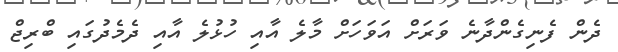
ދެން ފެނިގެންދާނެ ވަރަށް އަވަހަށް މާލެ އާއި ހުޅުލެ އާއި ދެމެދުގައި ބްރިޖް